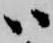
ハ